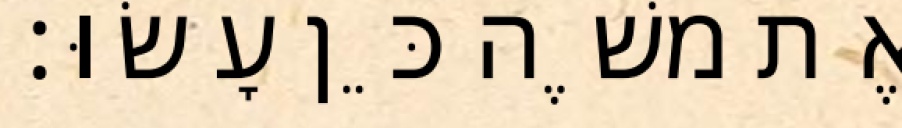
אֶת משֶׁה כֵּן עָשׂוּ׃